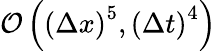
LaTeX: \mathcal{O}\left({{\left(\Delta x\right)}^{5}},{{\left(\Delta t\right)}^{4}}\right)